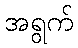
အရွက်